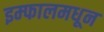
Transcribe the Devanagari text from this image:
इम्फालमधून